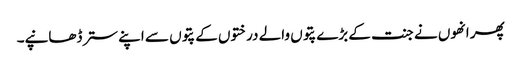
پھر انھوں نے جنت کے بڑے پتوں والے درختوں کے پتوں سے اپنے ستر ڈھانپے۔